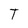
Character: T